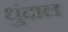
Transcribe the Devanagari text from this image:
धुंदाल